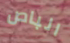
الباص